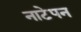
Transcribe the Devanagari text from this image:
नाटेपन